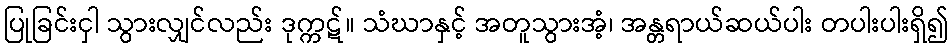
ပြုခြင်းငှါ သွားလျှင်လည်း ဒုက္ကဋ်။ သံဃာနှင့် အတူသွားအံ့၊ အန္တရာယ်ဆယ်ပါး တပါးပါးရှိ၍